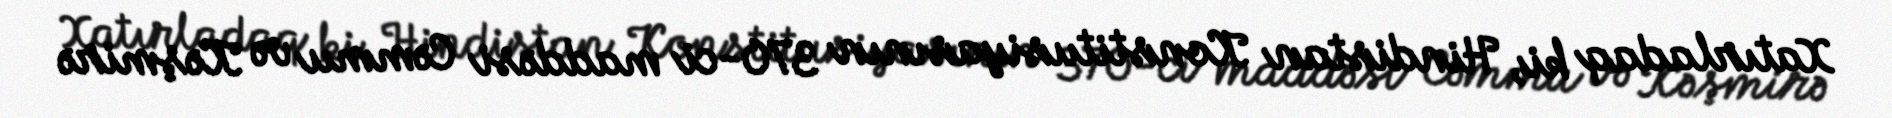
Xatırladaq ki, Hindistan Konstitusiyasının 370-ci maddəsi Cəmmu və Kəşmirə